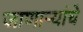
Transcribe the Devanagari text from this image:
जाणाऱ्यांचे